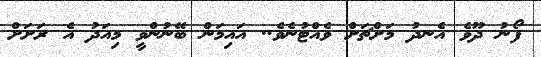
ފޯނު ދޫވެ އެނދު މަށްޗަށް ވެއްޓުނެވެ.. އައިމަން ބޭނުންވީ މިއަދު އެ ރަށަށް